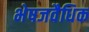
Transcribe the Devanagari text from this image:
भेषजवैधिक